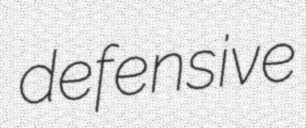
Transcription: defensive